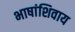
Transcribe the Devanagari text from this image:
भाषांशिवाय